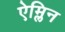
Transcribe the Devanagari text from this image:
ऐम्लिन